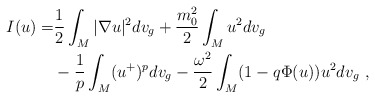
\begin{align*}I(u)=&\frac{1}{2}\int_M |\nabla u|^2 dv_g +\frac{m_0^2}{2}\int_M u^2 dv_g\\ &-\frac{1}{p}\int_M (u^+)^{p} dv_g -\frac{\omega^2}{2}\int_M (1-q\Phi(u))u^2 dv_g~,\end{align*}